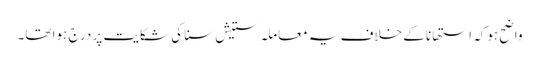
واضح ہوکہ استھانا کے خلاف یہ معاملہ ستیش سنا کی شکایت پر درج ہوا تھا۔